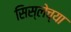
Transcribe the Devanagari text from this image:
सिस्लेच्या